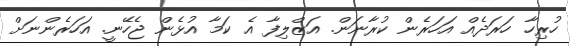
ހުރިހާ ހަރަދެއް އަހަރެން ކުރާނަން. އަޒްލިފާ އެ ކަމާ އުޅެން ޖެހޭނީ. އަހަރެންނަށް